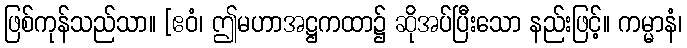
ဖြစ်ကုန်သည်သာ။ [ဧဝံ၊ ဤမဟာအဋ္ဌကထာ၌ ဆိုအပ်ပြီးသော နည်းဖြင့်။ ကမ္မာနံ၊